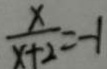
\frac { x } { x + 2 } = - 1